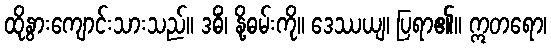
ထိုနွားကျောင်းသားသည်။ ဒဓိံ၊ နို့ဓမ်းကို။ ဒေဿယျ၊ ပြရာ၏။ ဣတရော၊